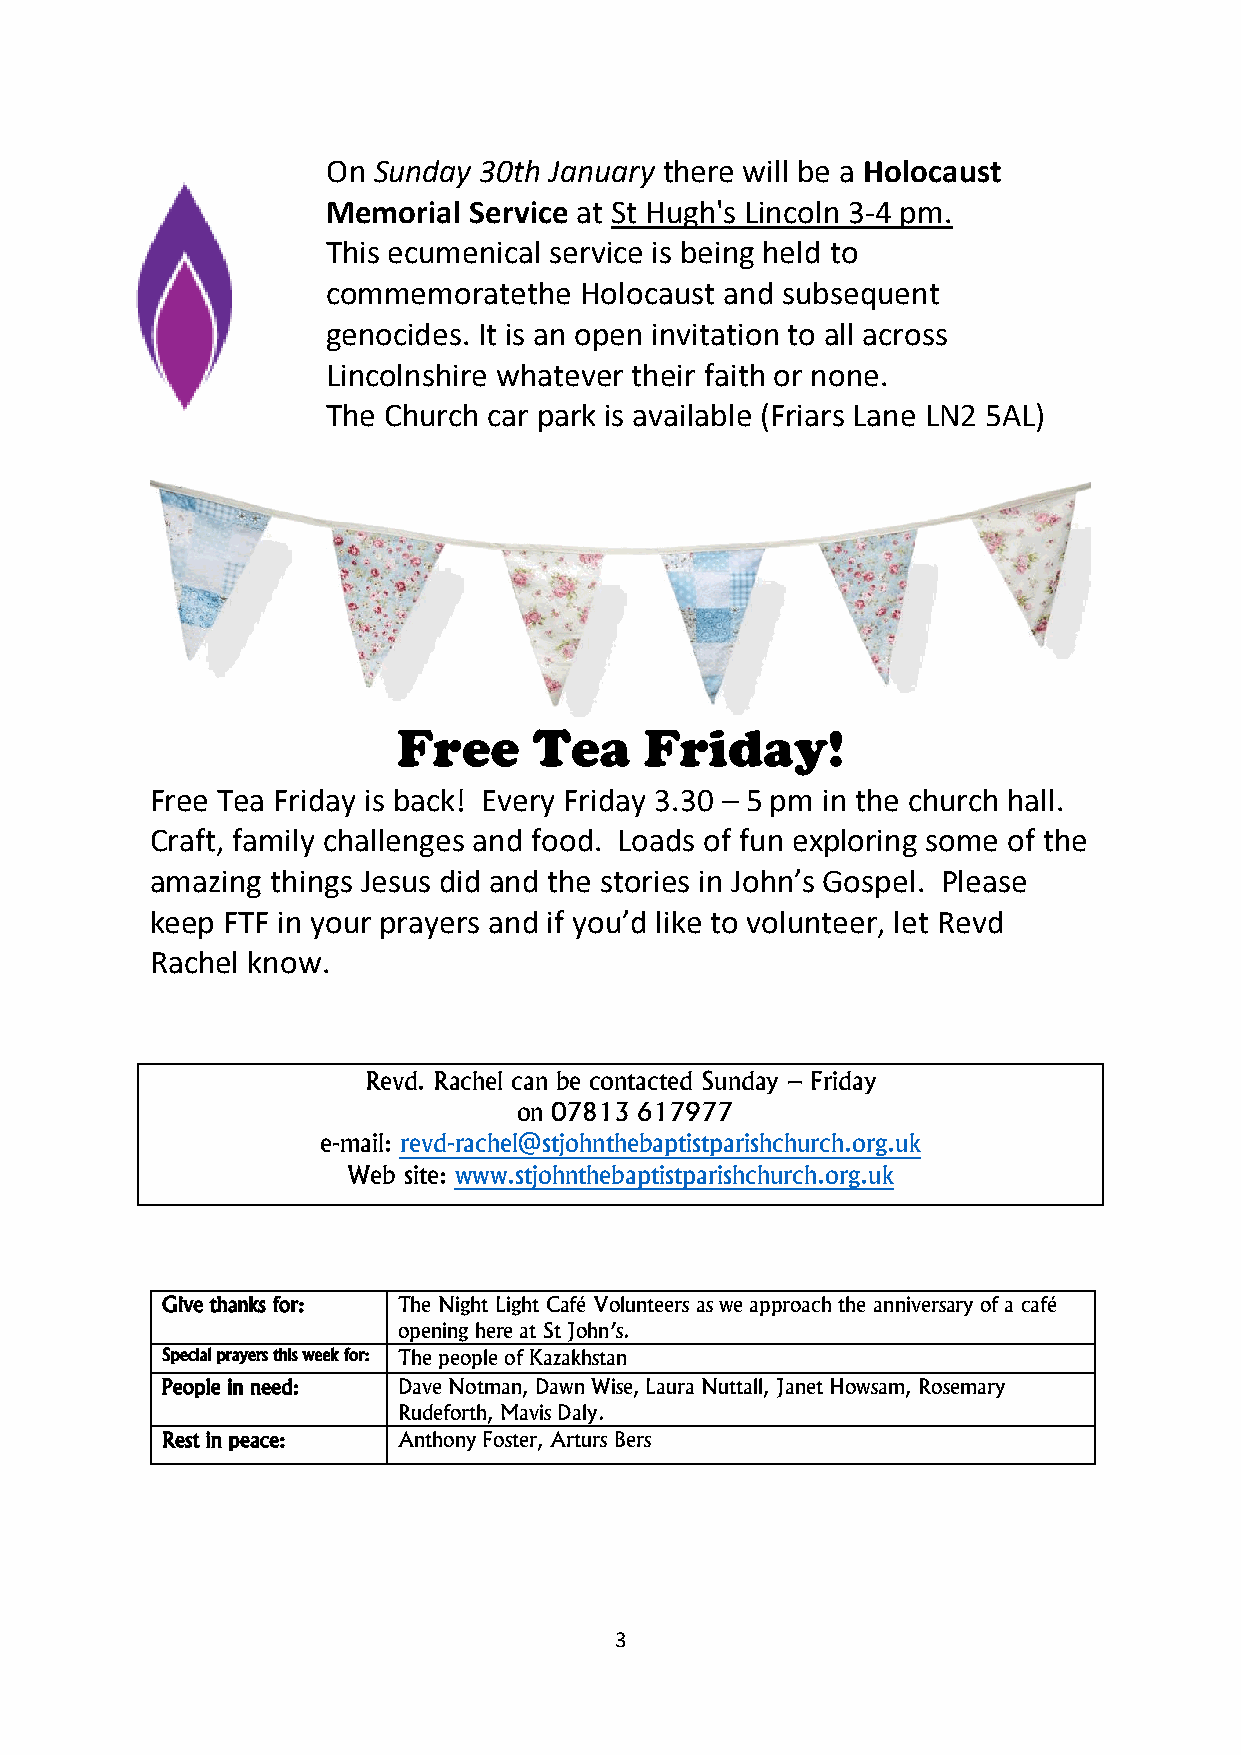
On Sunday 30th January there will be a Holocaust
 Memorial Service at St Hugh's Lincoln 3-4 pm.
 This ecumenical service is being held to
 commemoratethe  Holocaust and subsequent
 genocides. It is an open invitation to all across
 Lincolnshire whatever their faith or none.
 The Church car park is available (Friars Lane LN2 5AL)
 Free     Tea     Friday!
 Free Tea Friday is back! Every Friday 3.30 – 5 pm in the church hall.
 Craft, family challenges and food. Loads of fun exploring some of the
 amazing things Jesus did and the stories in John’s Gospel. Please
 keep FTF in your prayers and if you’d like to volunteer, let Revd
 Rachel know.
 Revd. Rachel can be contacted Sunday – Friday
 on 07813 617977
 e-mail: revd-rachel@stjohnthebaptistparishchurch.org.uk
 Web site: www.stjohnthebaptistparishchurch.org.uk
 Give thanks for: The Night Light Café Volunteers as we approach the anniversary of a café
 opening here at St John’s.
 Special prayers this week for: The people of Kazakhstan
 People in need: Dave Notman, Dawn Wise, Laura Nuttall, Janet Howsam, Rosemary
 Rudeforth, Mavis Daly.
 Rest in peace: Anthony Foster, Arturs Bers
 3